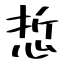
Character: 悊